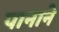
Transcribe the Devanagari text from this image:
पानाने